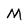
Character: M